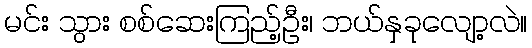
မင်း သွား စစ်ဆေးကြည့်ဦး၊ ဘယ်နှခုလျော့လဲ။